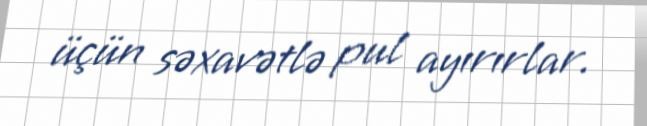
üçün səxavətlə pul ayırırlar.